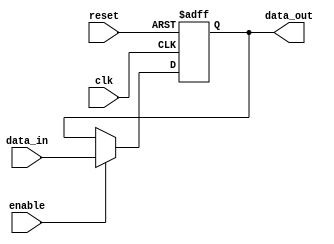
module compensated_buffer (
    input wire clk,
    input wire reset,
    input wire enable,
    input wire [7:0] data_in,
    output reg [7:0] data_out
);

reg [7:0] buffer;

always @ (posedge clk or posedge reset) begin
    if (reset) begin
        buffer <= 8'b0;
    end else if (enable) begin
        buffer <= data_in;
    end
end

assign data_out = buffer;

endmodule